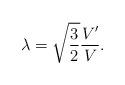
LaTeX: \begin{align*}\lambda = \sqrt{\frac{3}{2}} \frac{V'}{V}.\end{align*}